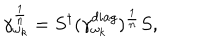
LaTeX: \gamma _ { \omega _ { k } } ^ { \frac { 1 } { n } } = S ^ { \dagger } ( \gamma _ { \omega _ { k } } ^ { d i a g } ) ^ { \frac { 1 } { n } } S ,